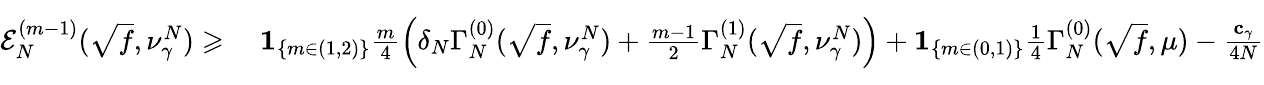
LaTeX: \begin{array}{rl}{\mathcal{E}_{N}^{(m-1)}(\sqrt{f},\nu_{\gamma}^{N})\geqslant}&{\; \mathbf{1}_{\{ m\in(1,2)\} }\frac{m}{4}\left(\delta_{N}\Gamma_{N}^{(0)}(\sqrt{f},\nu_{\gamma}^{N})+\frac{m-1}{2}\Gamma_{N}^{(1)}(\sqrt{f},\nu_{\gamma}^{N})\right)+\mathbf{1}_{\{ m\in(0,1)\} }\frac 14\Gamma_{N}^{(0)}(\sqrt{f},\mu)-\frac{\mathbf{c}_{\gamma}}{4N}\vphantom{\Bigg(}}\end{array}